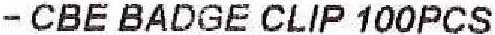
- CBE BADGE CLIP 100PCS